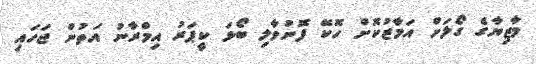
މާޒިޔާގެ ގޯލަށް އަމާޒުކޮށް ހޮކޭ ފޮނުވާލި ބޯޅަ ކީޕަރު އިމްރާނު އަތުން ޖަހައި